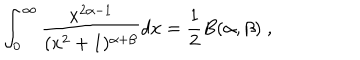
\int _ { 0 } ^ { \infty } \frac { x ^ { 2 \alpha - 1 } } { ( x ^ { 2 } + 1 ) ^ { \alpha + \beta } } d x = \frac { 1 } { 2 } B ( \alpha , \beta ) \; ,